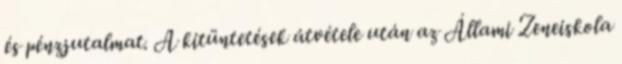
és pénzjutalmat. A kitüntetések átvétele után az Állami Zeneiskola